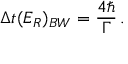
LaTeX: \Delta t ( E _ { R } ) _ { B W } = { \frac { 4 \hbar } { \Gamma } } \, .